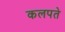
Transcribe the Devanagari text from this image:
कलपते